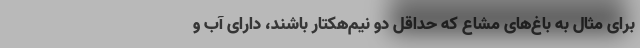
برای مثال به باغ‌های مشاع که حداقل دو نیم‌هکتار باشند، دارای آب و